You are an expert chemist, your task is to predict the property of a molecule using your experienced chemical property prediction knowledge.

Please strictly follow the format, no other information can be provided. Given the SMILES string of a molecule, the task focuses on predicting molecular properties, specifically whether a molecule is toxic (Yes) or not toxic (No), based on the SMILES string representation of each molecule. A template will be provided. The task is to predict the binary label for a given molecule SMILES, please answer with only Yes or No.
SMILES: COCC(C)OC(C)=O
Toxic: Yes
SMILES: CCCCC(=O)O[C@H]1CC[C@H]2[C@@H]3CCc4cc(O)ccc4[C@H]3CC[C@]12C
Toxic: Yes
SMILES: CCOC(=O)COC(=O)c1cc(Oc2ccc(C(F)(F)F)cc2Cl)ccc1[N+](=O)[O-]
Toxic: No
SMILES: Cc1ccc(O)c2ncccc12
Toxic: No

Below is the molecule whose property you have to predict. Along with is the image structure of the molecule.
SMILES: CCCCOCCOCCO
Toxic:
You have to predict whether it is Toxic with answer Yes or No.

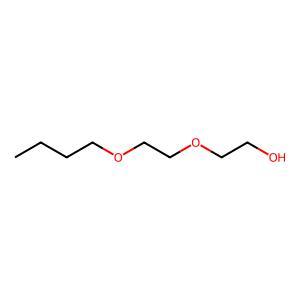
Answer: No